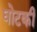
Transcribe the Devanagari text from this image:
घोटकी